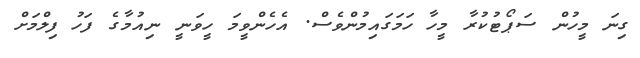
ގިނަ މީހުން ސަޕޯޓުކުރާ މީހާ ހަމަގައިމުންވެސް. އެހެންވީމަ ހީވަނީ ނިއުމާގެ ފަހު ފިލްމަށް